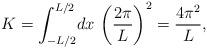
LaTeX: \begin{align*}K=\int_{-L/2}^{L/2}\!dx\,\left(\frac{2 \pi}{L}\right)^2 =\frac{4\pi^2}L,\end{align*}